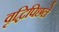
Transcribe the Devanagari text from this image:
वृद्धिपिछले